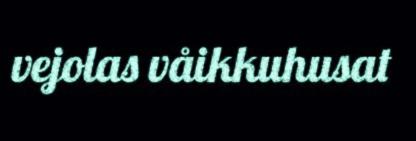
vejolas våikkuhusat